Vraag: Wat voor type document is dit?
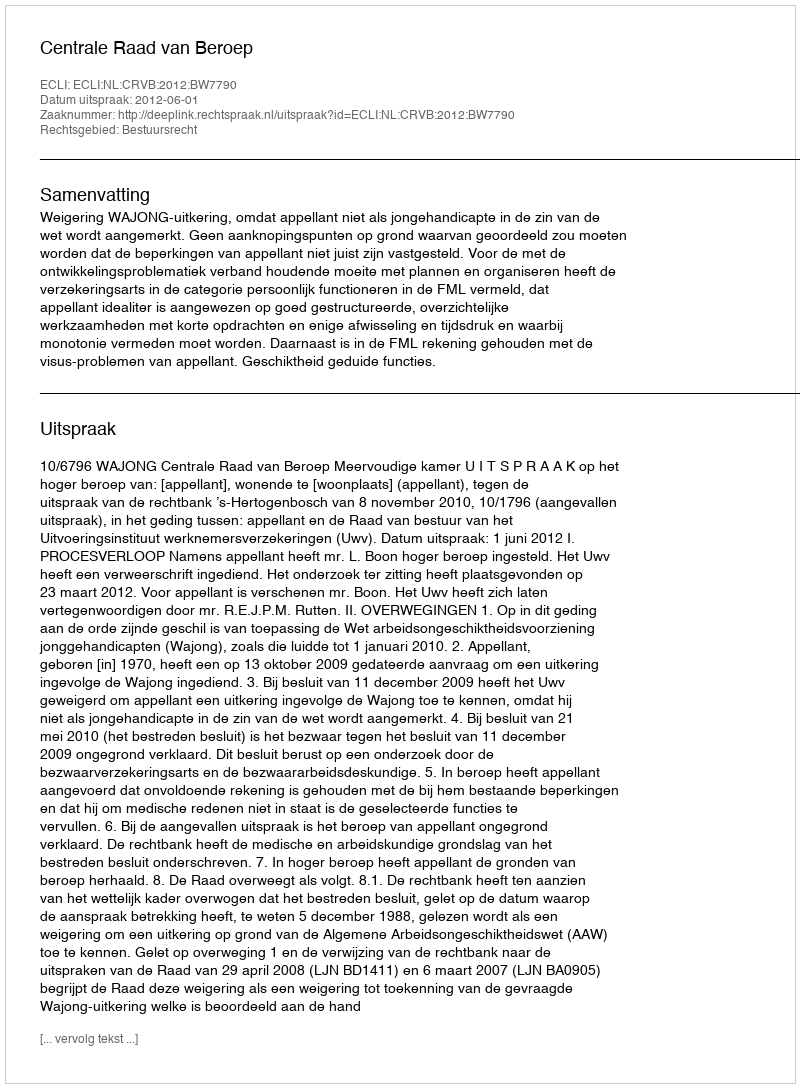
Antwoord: Uitspraak